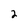
Character: 2